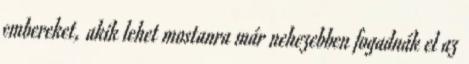
embereket, akik lehet mostanra már nehezebben fogadnák el az